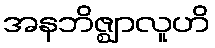
အနဘိဇ္ဈာလူဟိ